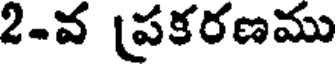
2-వ [పకరణము